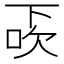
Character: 𠀿